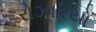
રોઝારિયો